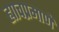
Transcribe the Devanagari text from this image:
ह्याचप्रमाणे